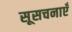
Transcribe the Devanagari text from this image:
सूसचनाएँ